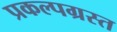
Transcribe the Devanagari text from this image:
प्रकल्पग्रस्त